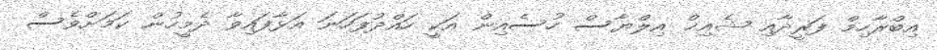
އިބްރާހިމް ފަރީދާއި ޝެއިޚް އިލްޔާސް ހުސެއިން އަކީ ހައްދުފަހަނަ އަޅާފައިވާ ދެމީހުން ކަމަށްވެސް